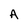
Character: A